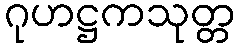
ဂုဟဋ္ဌကသုတ္တ